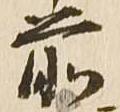
前